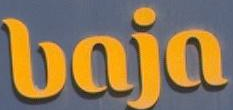
baja